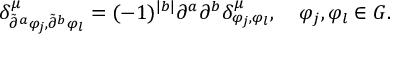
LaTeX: \delta _ { \tilde { \partial } ^ { a } \varphi _ { j } , \tilde { \partial } ^ { b } \varphi _ { l } } ^ { \mu } = ( - 1 ) ^ { | b | } \partial ^ { a } \partial ^ { b } \delta _ { \varphi _ { j } , \varphi _ { l } } ^ { \mu } , \quad \varphi _ { j } , \varphi _ { l } \in { \cal G } .